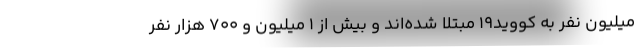
میلیون نفر به کووید۱۹ مبتلا شده‌اند و بیش از ۱ میلیون و ۷۰۰ هزار نفر